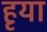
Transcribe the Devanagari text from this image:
हृया